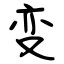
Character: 变